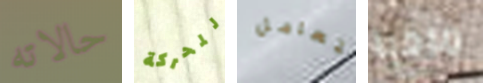
حالاته للحركة تتعامل مرحبا